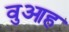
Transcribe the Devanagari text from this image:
वुआह